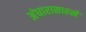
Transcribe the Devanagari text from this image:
अंधारासारखे